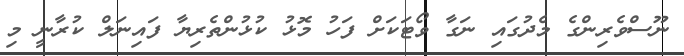
ނޫސްވެރިންގެ މެދުގައި ނަގާ ވޯޓަކަށް ފަހު މޮޅު ކުޅުންތެރިޔާ ފައިނަލް ކުރާނީ މި